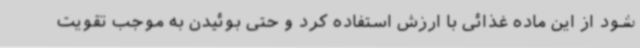
شود از این ماده غذائی با ارزش استفاده کرد و حتی بوئیدن به موجب تقویت